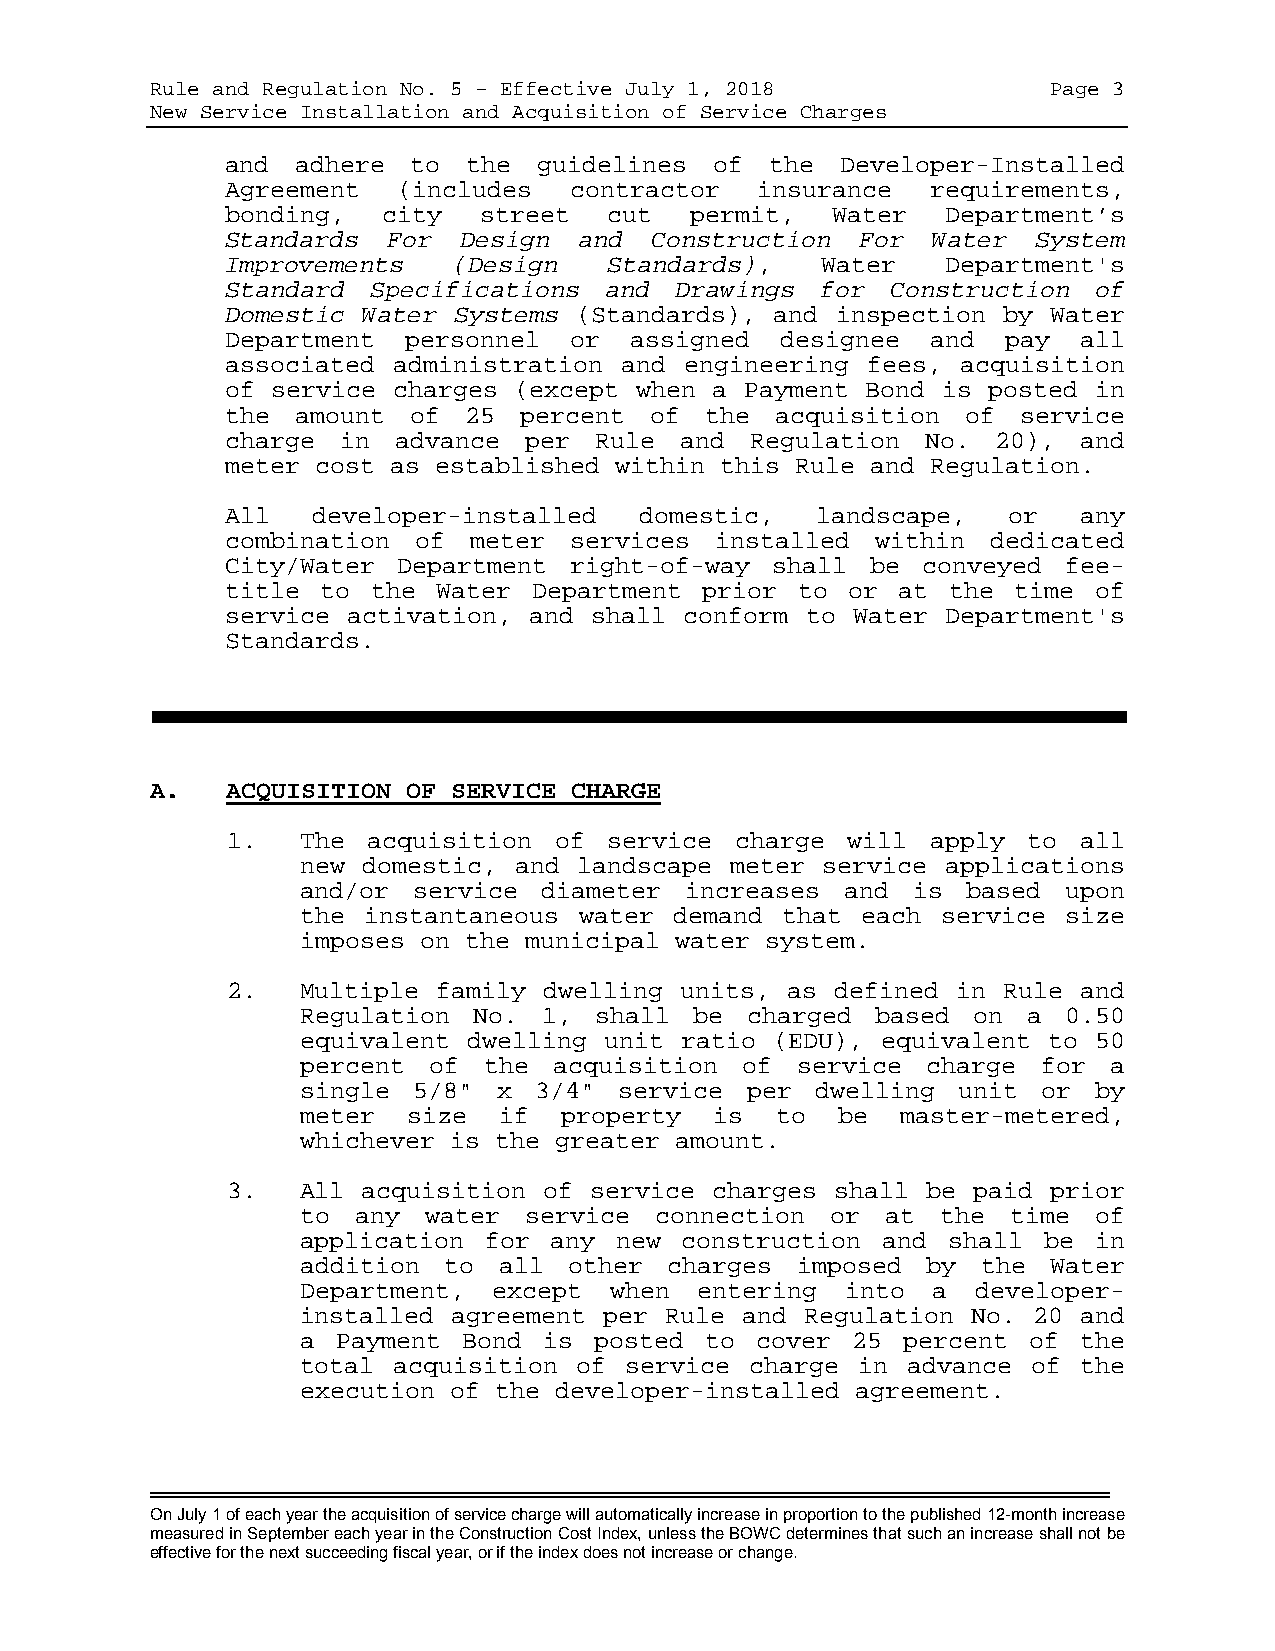
Rule and Regulation No. 5 – Effective July 1, 2018          Page 3
 New Service Installation and Acquisition of Service Charges
 and  adhere to  the  guidelines of  the  Developer-Installed
 Agreement  (includes   contractor  insurance   requirements,
 bonding,  city   street  cut   permit,  Water   Department’s
 Standards  For Design  and  Construction  For  Water  System
 Improvements   (Design   Standards),   Water    Department's
 Standard Specifications  and  Drawings for  Construction of
 Domestic Water Systems (Standards), and inspection by  Water
 Department  personnel  or  assigned  designee  and  pay all
 associated administration and engineering fees,  acquisition
 of service charges (except when a Payment Bond is posted in
 the  amount of  25 percent  of  the acquisition  of  service
 charge  in advance  per Rule  and  Regulation No.  20), and
 meter cost as established within this Rule and Regulation.
 All   developer-installed  domestic,   landscape,   or  any
 combination of  meter  services installed  within  dedicated
 City/Water Department  right-of-way shall  be conveyed  fee-
 title to  the Water Department prior  to or at  the time of
 service activation, and shall conform to Water  Department's
 Standards.
 A.   ACQUISITION OF SERVICE CHARGE
 1.   The acquisition  of service  charge will  apply to all
 new domestic, and landscape meter service  applications
 and/or service  diameter increases  and is  based  upon
 the instantaneous water  demand that each service  size
 imposes on the municipal water system.
 2.   Multiple family dwelling units, as defined in Rule and
 Regulation No.  1, shall  be charged  based on  a  0.50
 equivalent dwelling unit ratio (EDU), equivalent to 50
 percent of  the  acquisition of  service charge  for a
 single 5/8"  x 3/4"  service per  dwelling unit  or by
 meter  size  if  property  is  to  be   master-metered,
 whichever is the greater amount.
 3.   All acquisition of service charges shall be paid  prior
 to  any water  service connection  or  at the  time of
 application for any  new construction and  shall be in
 addition to  all  other charges  imposed by  the  Water
 Department,  except when  entering  into  a  developer-
 installed agreement per Rule and Regulation No. 20 and
 a Payment  Bond is posted  to cover 25  percent of the
 total acquisition of service  charge in advance of the
 execution of the developer-installed agreement.
 On July 1 of each year the acquisition of service charge will automatically increase in proportion to the published 12-month increase
 measured in September each year in the Construction Cost Index, unless the BOWC determines that such an increase shall not be
 effective for the next succeeding fiscal year, or if the index does not increase or change.